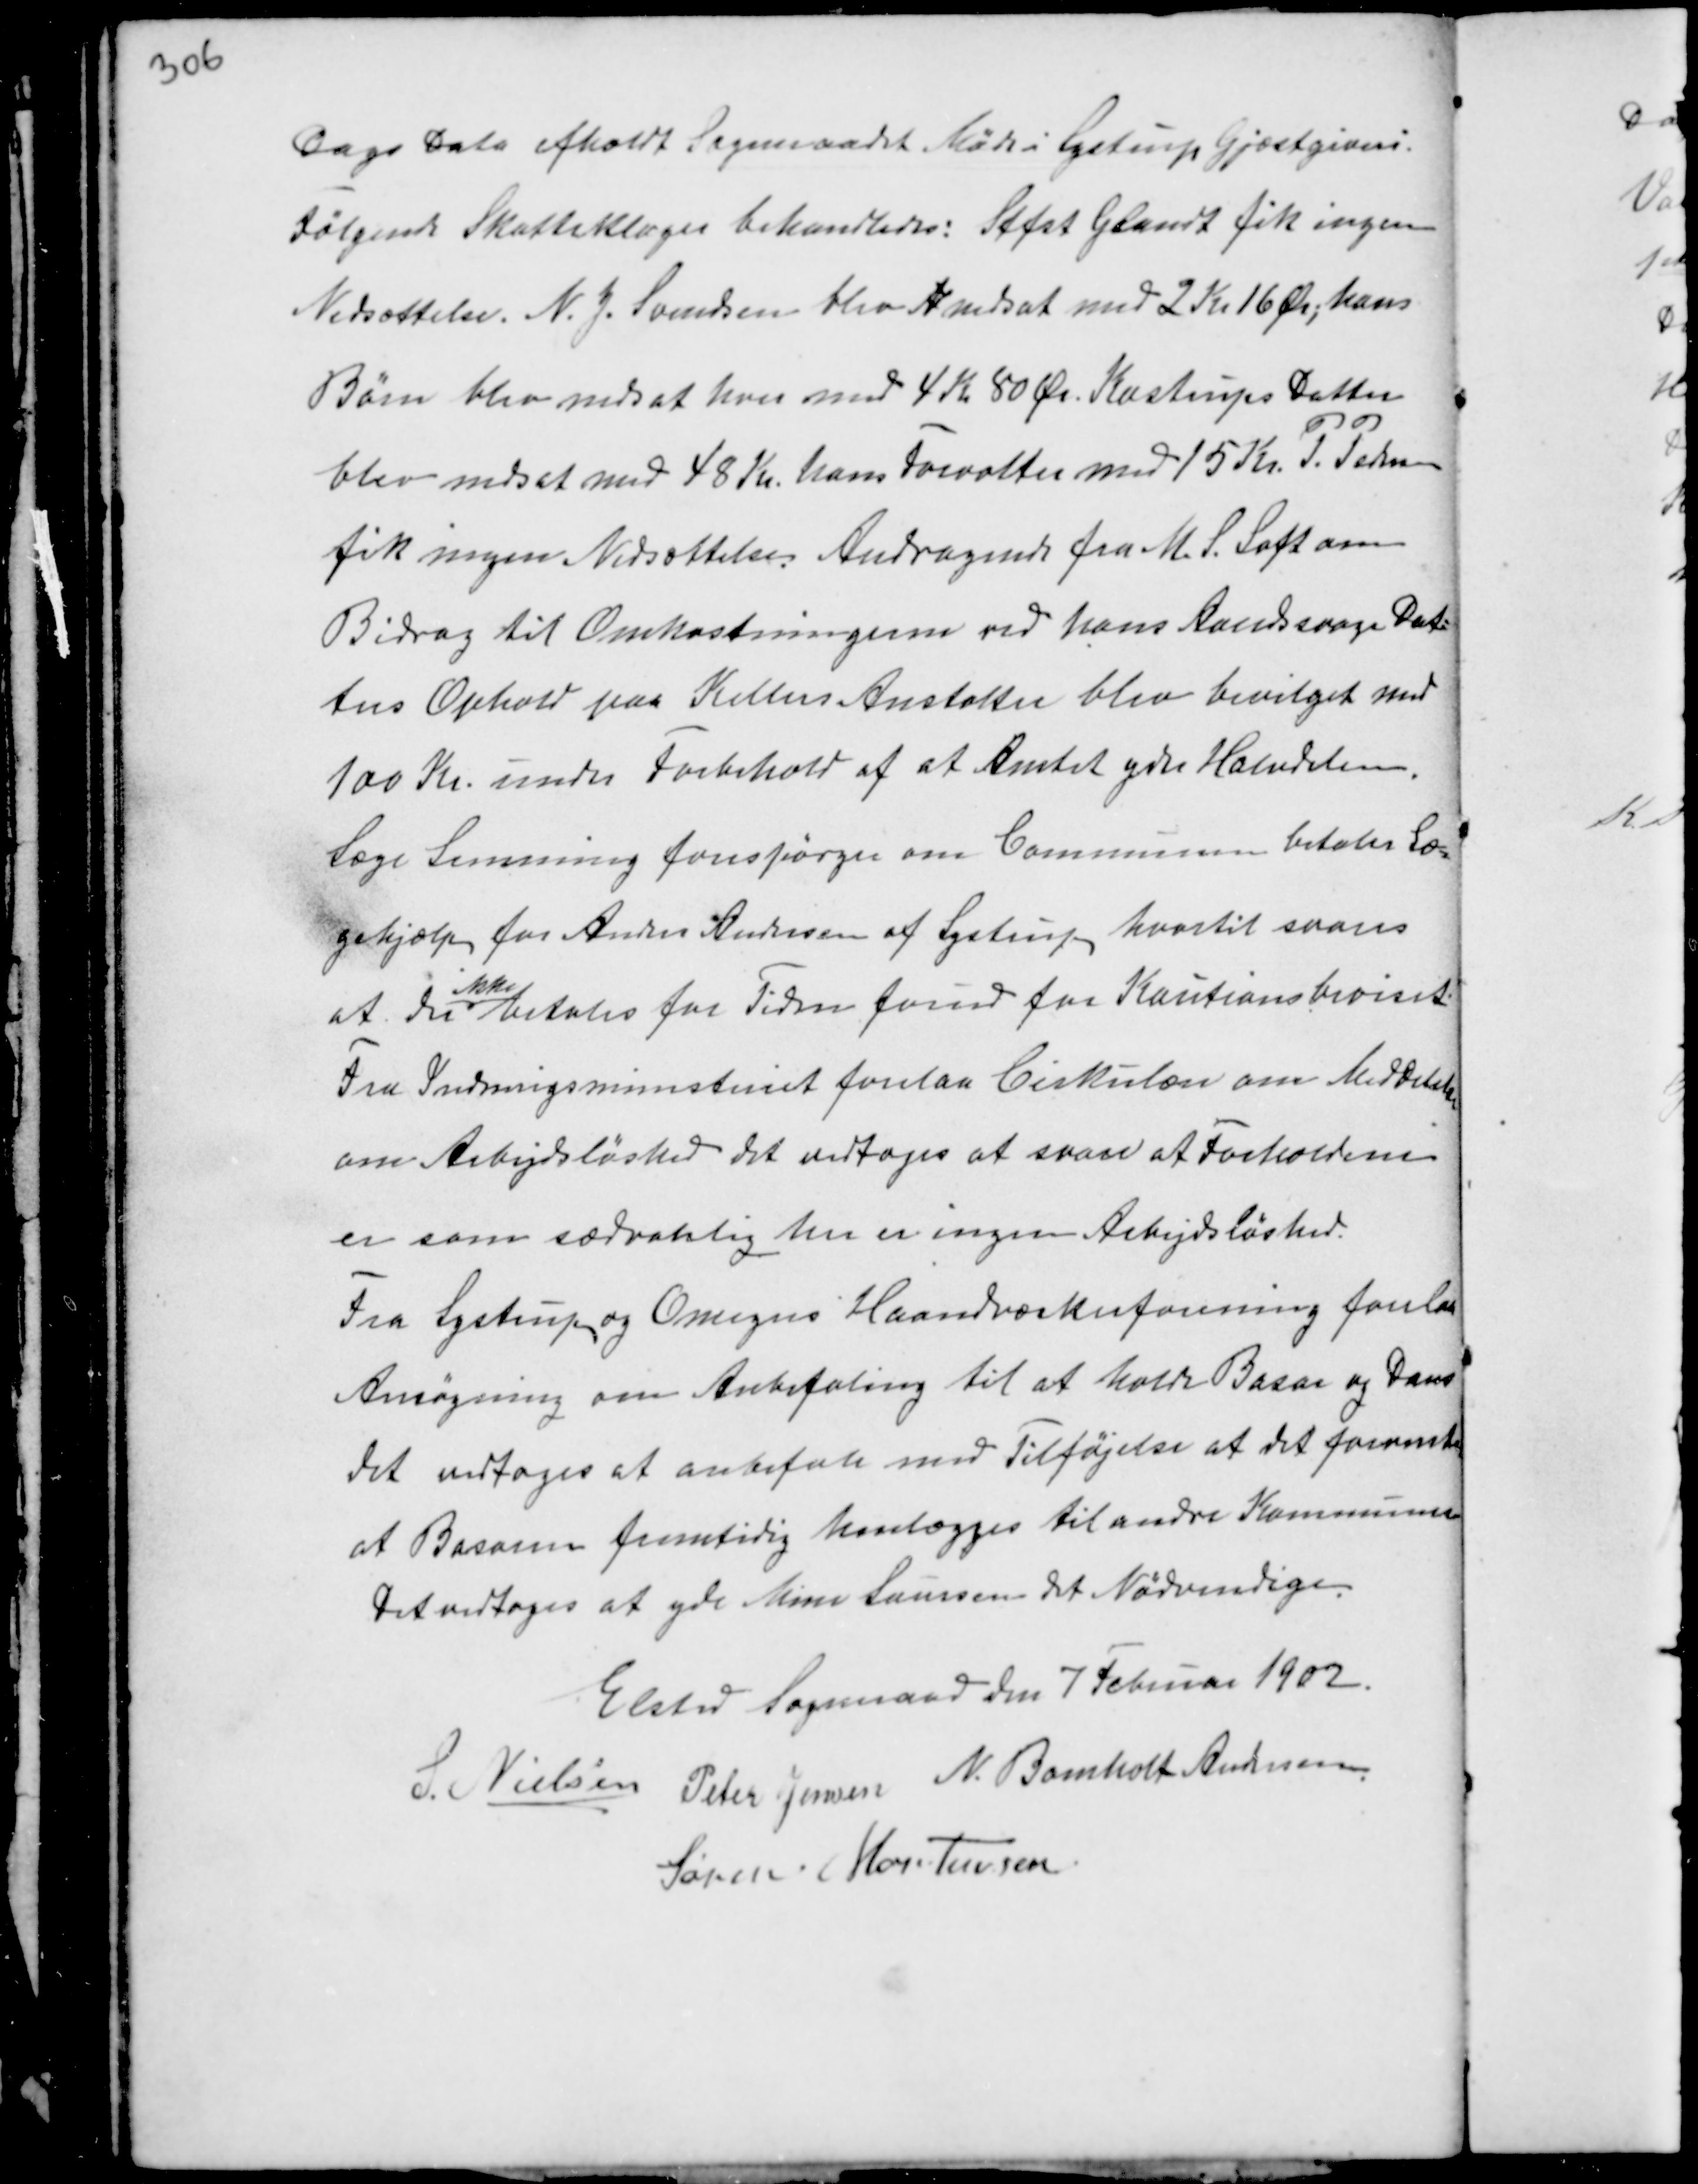
Transskription:
Dags Dato afholdt Sogneraadet Møde i Lystrup Gjæstgiveri.
Følgende Skatteklager behandledes: Stfst Glandt fik ingen
Nedsættelse N.J. Svendsen blev N nedsat med 2 Kr 16 Ør; hans
Børn blev nedsat hver med 4 Kr 50 Ør. Kastrups Datter
blev nedsat med 48 Kr. hans Forvalter med 15 Kr. P. Pedersen
fik ingen Nedsættelse. Andragende fra M.S. Loft om
Bidrag til Omkostningerne ved hans Aandsvage Dat-
ters Ophold paa Kellers Anstalter blev bevilget med
100 Kr. under Forbehold af at Amtet yder Halvdelen.
Læge Lemming forespørges om Communen betaler Læ-
gehjælp for Anders Andersen af Lystrup hvortil svares
at der
ikke
betales for Tiden forud for Kautionsbeviset.
Fra Indenrigsministeriet forelaa Cirkulære om Meddelelse
om Arbejdsløshed det vedtoges at svare at Forholdene
er som sædvanlig her er ingen Arbejdsløshed.
Fra Lystrup og Omegns Haandværkerforening forelaa
Ansøgning om Anbefaling til at holde Basar og Dans
Det vedtoges at anbefale med Tilføjelse at det forventes
at Basaren fremtidig henlægges til andre Kommuner
Det vedtoges at yde Mine Laursen det Nødvendige.

Elsted Sogneraad den 7 Februar 1902.
S. Nielsen Peter Jensen N. Bomholt Andersen
Søren Mortensen